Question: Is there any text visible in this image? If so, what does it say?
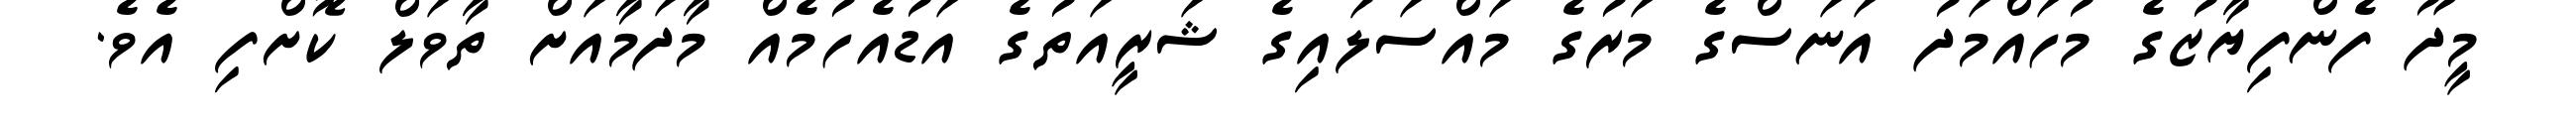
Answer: މީދޫ ފެންފިޔާޒުގެ މުހައްމަދު އަނަސްގެ މަރުގެ މައްސަލައިގެ ޝަރީއަތުގެ އަޑުއެހުމެއް މާދަމާއަށް ތާވަލް ކޮށްފި އެވެ.